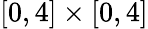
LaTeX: [0,4]\times[0,4]